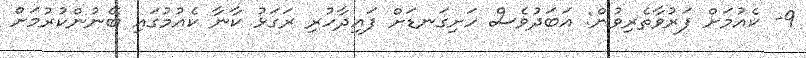
9- ކެއުމަށް ފަރުވާތެރިވުން: އަބަދުވެސް ހަށިގަނޑަށް ފައިދާހުރި ރަގަޅު ކާނާ ކެއުމުގައި ބޭނުންކުރުމަށް